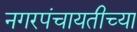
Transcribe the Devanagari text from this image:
नगरपंचायतीच्या